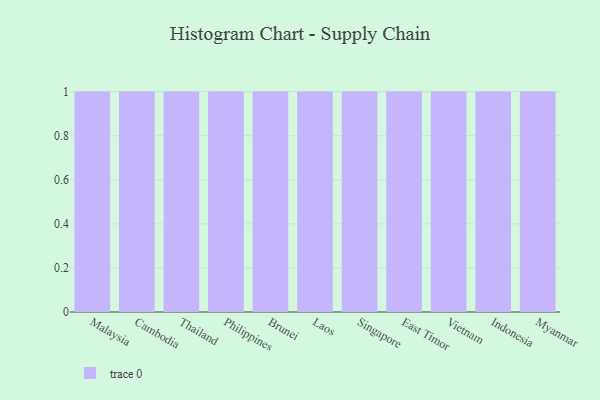
{"axis": {"x": "Country", "y": "Budget (USD K)"}, "legend": [""], "data": [{"x": "Malaysia", "y": 88, "type": ""}, {"x": "Cambodia", "y": 44, "type": ""}, {"x": "Thailand", "y": 27, "type": ""}, {"x": "Philippines", "y": 80, "type": ""}, {"x": "Brunei", "y": 11, "type": ""}, {"x": "Laos", "y": 73, "type": ""}, {"x": "Singapore", "y": 59, "type": ""}, {"x": "East Timor", "y": 35, "type": ""}, {"x": "Vietnam", "y": 53, "type": ""}, {"x": "Indonesia", "y": 40, "type": ""}, {"x": "Myanmar", "y": 1, "type": ""}]}